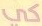
كي